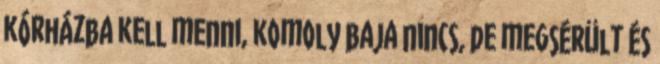
kórházba kell menni, komoly baja nincs, de megsérült és